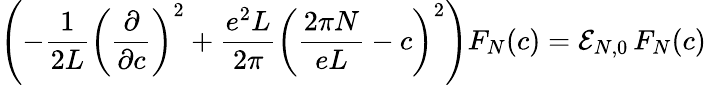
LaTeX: \left(-\frac{1}{2L}\left(\frac{\partial}{\partial c}\right)^{2}+\frac{e^{2}L}{2\pi}\left(\frac{2\pi N}{eL}-c\right)^{2}\right)F_{N}(c)={\cal E}_{N,0}\, F_{N}(c)